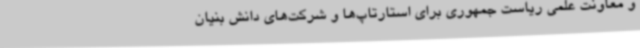
و معاونت علمی ریاست جمهوری برای استارتاپ‌ها و شرکت‌های دانش بنیان